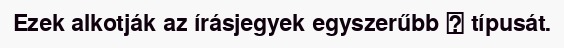
Ezek alkotják az írásjegyek egyszerűbb 文 típusát.